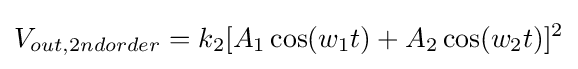
V_{out,2ndorder}=k_{2}[A_{1}\cos(w_{1}t)+A_{2}\cos(w_{2}t)]^{2}